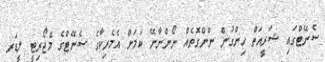
ސެނޭޓްގައި ޝަރީއަތް ހިންގުން ނޫންގޮތެއް ނޯންނާނޭ ކަމަށް އެމެރިކާގެ ސެނޭޓްގެ މެޖޯރިޓީ ލީޑަރ